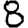
Digit: 8